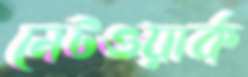
নেটওয়ার্ক